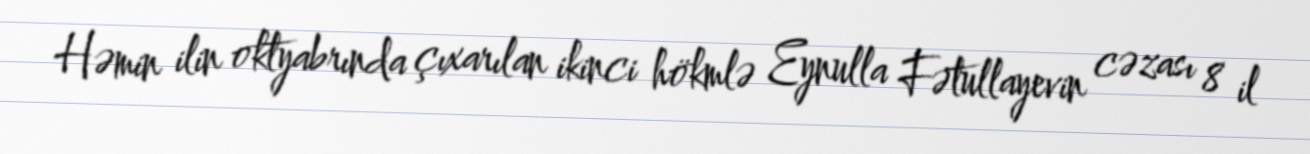
Həmin ilin oktyabrında çıxarılan ikinci hökmlə Eynulla Fətullayevin cəzası 8 il